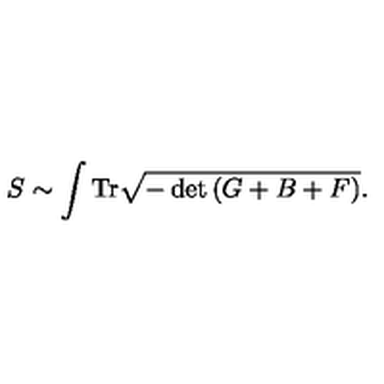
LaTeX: S \sim \int \mathrm { T r } \sqrt { - \det \left( G + B + F \right) } .